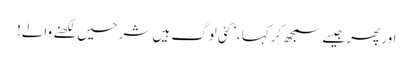
اور پھر جیسے سمجھ کر کہا ،’کئی لوگ ہیں شرحیں لکھنے والے!